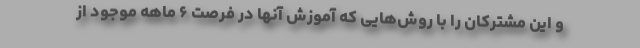
و این مشترکان را با روش‌هایی که آموزش آنها در فرصت ۶ ماهه‌ موجود از